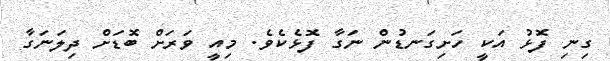
ގިނި ފޮޅު އަކީ ހަށިގަނޑުން ނަގާ ފޮޅެކެވެ. މިއީ ވަރަށް ބޮޑަށް ދިލަނަގާ